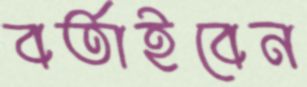
বর্তাইবেন